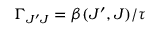
\Gamma _ { J ^ { \prime } J } = \beta ( J ^ { \prime } , J ) / \tau